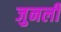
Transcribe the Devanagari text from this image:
जुनली